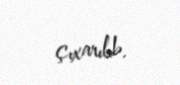
çıxarılıb.